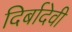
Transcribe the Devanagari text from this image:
दिर्बादेवी